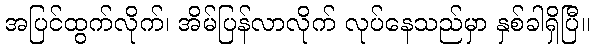
အပြင်ထွက်လိုက်၊ အိမ်ပြန်လာလိုက် လုပ်နေသည်မှာ နှစ်ခါရှိပြီ။